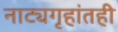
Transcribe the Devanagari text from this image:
नाट्यगृहांतही